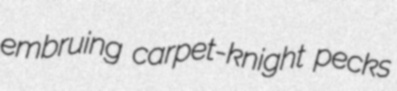
embruing carpet-knight pecks